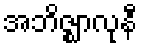
အဘိဇ္ဈာလုနီ